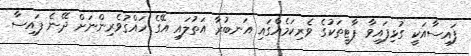
ފައިސާއަކީ ގުޅިފައިވާ ޕާޓީތަކުގެ ވެރިކަމެއްގައި އަނބުރާ އަތުލައި އޭގެ ހައްގުވެރިންނަށް ދޭނެ ފައިސާ